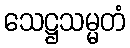
သေဋ္ဌသမ္မတံ